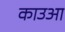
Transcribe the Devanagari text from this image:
काउआ